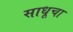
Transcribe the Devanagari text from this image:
साधूचा